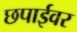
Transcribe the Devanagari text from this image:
छपाईवर